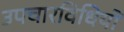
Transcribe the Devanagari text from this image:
उपचारविधियों